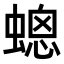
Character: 𧏀